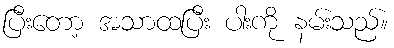
ပြီးတော့ အသာထပြီး ပါးကို နမ်းသည်။